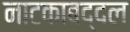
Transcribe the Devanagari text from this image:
नाटकाबद्दल